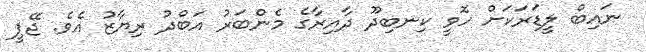
ނައިބް ލީޑަރަކަށް ހޮވީ ކިނބިދޫ ދާއިރާގެ މެންބަރު އަބްދު ރިޔާޒު އެވެ. ޖޭޕީ